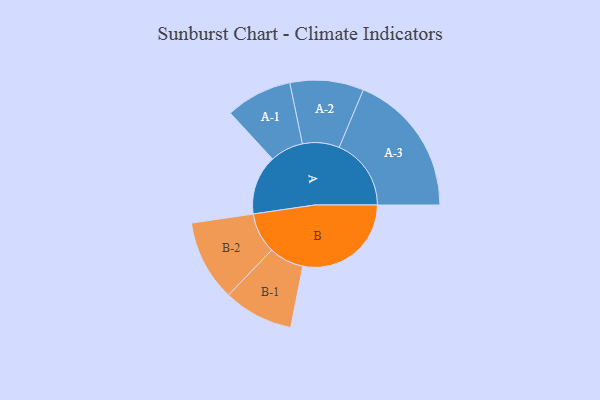
{"axis": {"x": "Segment", "y": "Value"}, "legend": ["", "A", "B"], "data": [{"x": "A", "y": 244, "type": ""}, {"x": "B", "y": 444, "type": ""}, {"x": "A-1", "y": 136, "type": "A"}, {"x": "A-2", "y": 151, "type": "A"}, {"x": "A-3", "y": 295, "type": "A"}, {"x": "B-1", "y": 143, "type": "B"}, {"x": "B-2", "y": 166, "type": "B"}]}